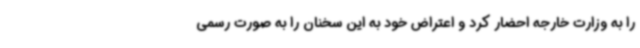
را به وزارت خارجه احضار کرد و اعتراض خود به این سخنان را به صورت رسمی